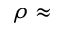
\rho \approx